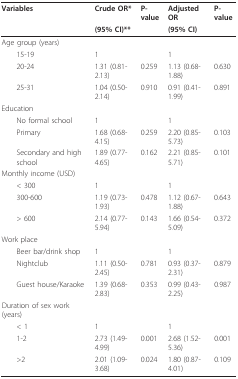
<table><thead><tr><td><b>Variables</b></td><td><b>Crude OR*</b></td><td><b>P-value</b></td><td><b>Adjusted OR</b></td><td><b>P-value</b></td></tr><tr><td></td><td><b>(95% CI)**</b></td><td></td><td><b>(95% CI)</b></td><td></td></tr></thead><tbody><tr><td>Age group (years)</td><td></td><td></td><td></td><td></td></tr><tr><td> 15-19</td><td>1</td><td></td><td>1</td><td></td></tr><tr><td> 20-24</td><td>1.31 (0.81-2.13)</td><td>0.259</td><td>1.13 (0.68-1.88)</td><td>0.630</td></tr><tr><td> 25-31</td><td>1.04 (0.50-2.14)</td><td>0.910</td><td>0.91 (0.41-1.99)</td><td>0.891</td></tr><tr><td>Education</td><td></td><td></td><td></td><td></td></tr><tr><td> No formal school</td><td>1</td><td></td><td>1</td><td></td></tr><tr><td> Primary</td><td>1.68 (0.68-4.15)</td><td>0.259</td><td>2.20 (0.85-5.73)</td><td>0.103</td></tr><tr><td> Secondary and high school</td><td>1.89 (0.77-4.65)</td><td>0.162</td><td>2.21 (0.85-5.71)</td><td>0.101</td></tr><tr><td>Monthly income (USD)</td><td></td><td></td><td></td><td></td></tr><tr><td> &lt; 300</td><td>1</td><td></td><td>1</td><td></td></tr><tr><td> 300-600</td><td>1.19 (0.73-1.93)</td><td>0.478</td><td>1.12 (0.67-1.88)</td><td>0.643</td></tr><tr><td> &gt; 600</td><td>2.14 (0.77-5.94)</td><td>0.143</td><td>1.66 (0.54-5.09)</td><td>0.372</td></tr><tr><td>Work place</td><td></td><td></td><td></td><td></td></tr><tr><td> Beer bar/drink shop</td><td>1</td><td></td><td>1</td><td></td></tr><tr><td> Nightclub</td><td>1.11 (0.50-2.45)</td><td>0.781</td><td>0.93 (0.37-2.31)</td><td>0.879</td></tr><tr><td> Guest house/Karaoke</td><td>1.39 (0.68-2.83)</td><td>0.353</td><td>0.99 (0.43-2.25)</td><td>0.987</td></tr><tr><td>Duration of sex work (years)</td><td></td><td></td><td></td><td></td></tr><tr><td> &lt; 1</td><td>1</td><td></td><td>1</td><td></td></tr><tr><td> 1-2</td><td>2.73 (1.49-4.99)</td><td>0.001</td><td>2.68 (1.52-5.36)</td><td>0.001</td></tr><tr><td> &gt;2</td><td>2.01 (1.09-3.68)</td><td>0.024</td><td>1.80 (0.87-4.01)</td><td>0.109</td></tr></tbody></table>